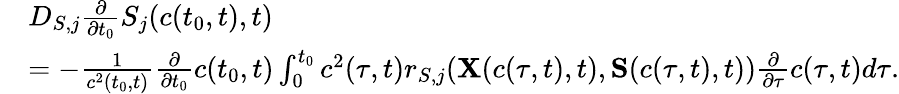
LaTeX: \begin{array}{rl}&{D_{S,j}\frac{\partial}{\partial t_{0}}S_{j}(c(t_{0},t),t)}\\ &{=-\frac{1}{c^{2}(t_{0},t)}\frac{\partial}{\partial t_{0}}c(t_{0},t)\int_{0}^{t_{0}}c^{2}(\tau,t)r_{S,j}({{\mathbf X}(c(\tau,t),t)},{{\mathbf S}}(c(\tau,t),t))\frac{\partial}{\partial\tau}c(\tau,t)d\tau.}\end{array}